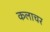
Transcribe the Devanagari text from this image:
कलाचर